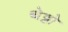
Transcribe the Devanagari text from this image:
थेट्टो